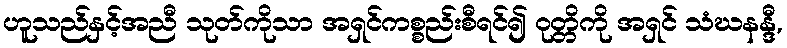
ဟူသည်နှင့်အညီ သုတ်ကိုသာ အရှင်ကစ္စည်းစီရင်၍ ဝုတ္တိကို အရှင် သံဃနန္ဒီ,